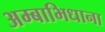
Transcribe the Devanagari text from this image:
अम्बाभिधाना